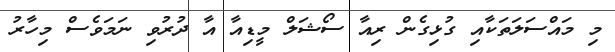
މި މައްސަަލަތަކާއި ގުޅިގެން ރިއާ ސޯޝަލް މީޑިއާ އާ ދުރުވި ނަމަވެސް މިހާރު